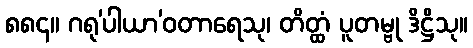
၈၈၄။ ဂရု’ပါယာ’ဝတာရေသု၊ တိတ္ထံ ပူတမ္ဗု ဒိဋ္ဌိသု။